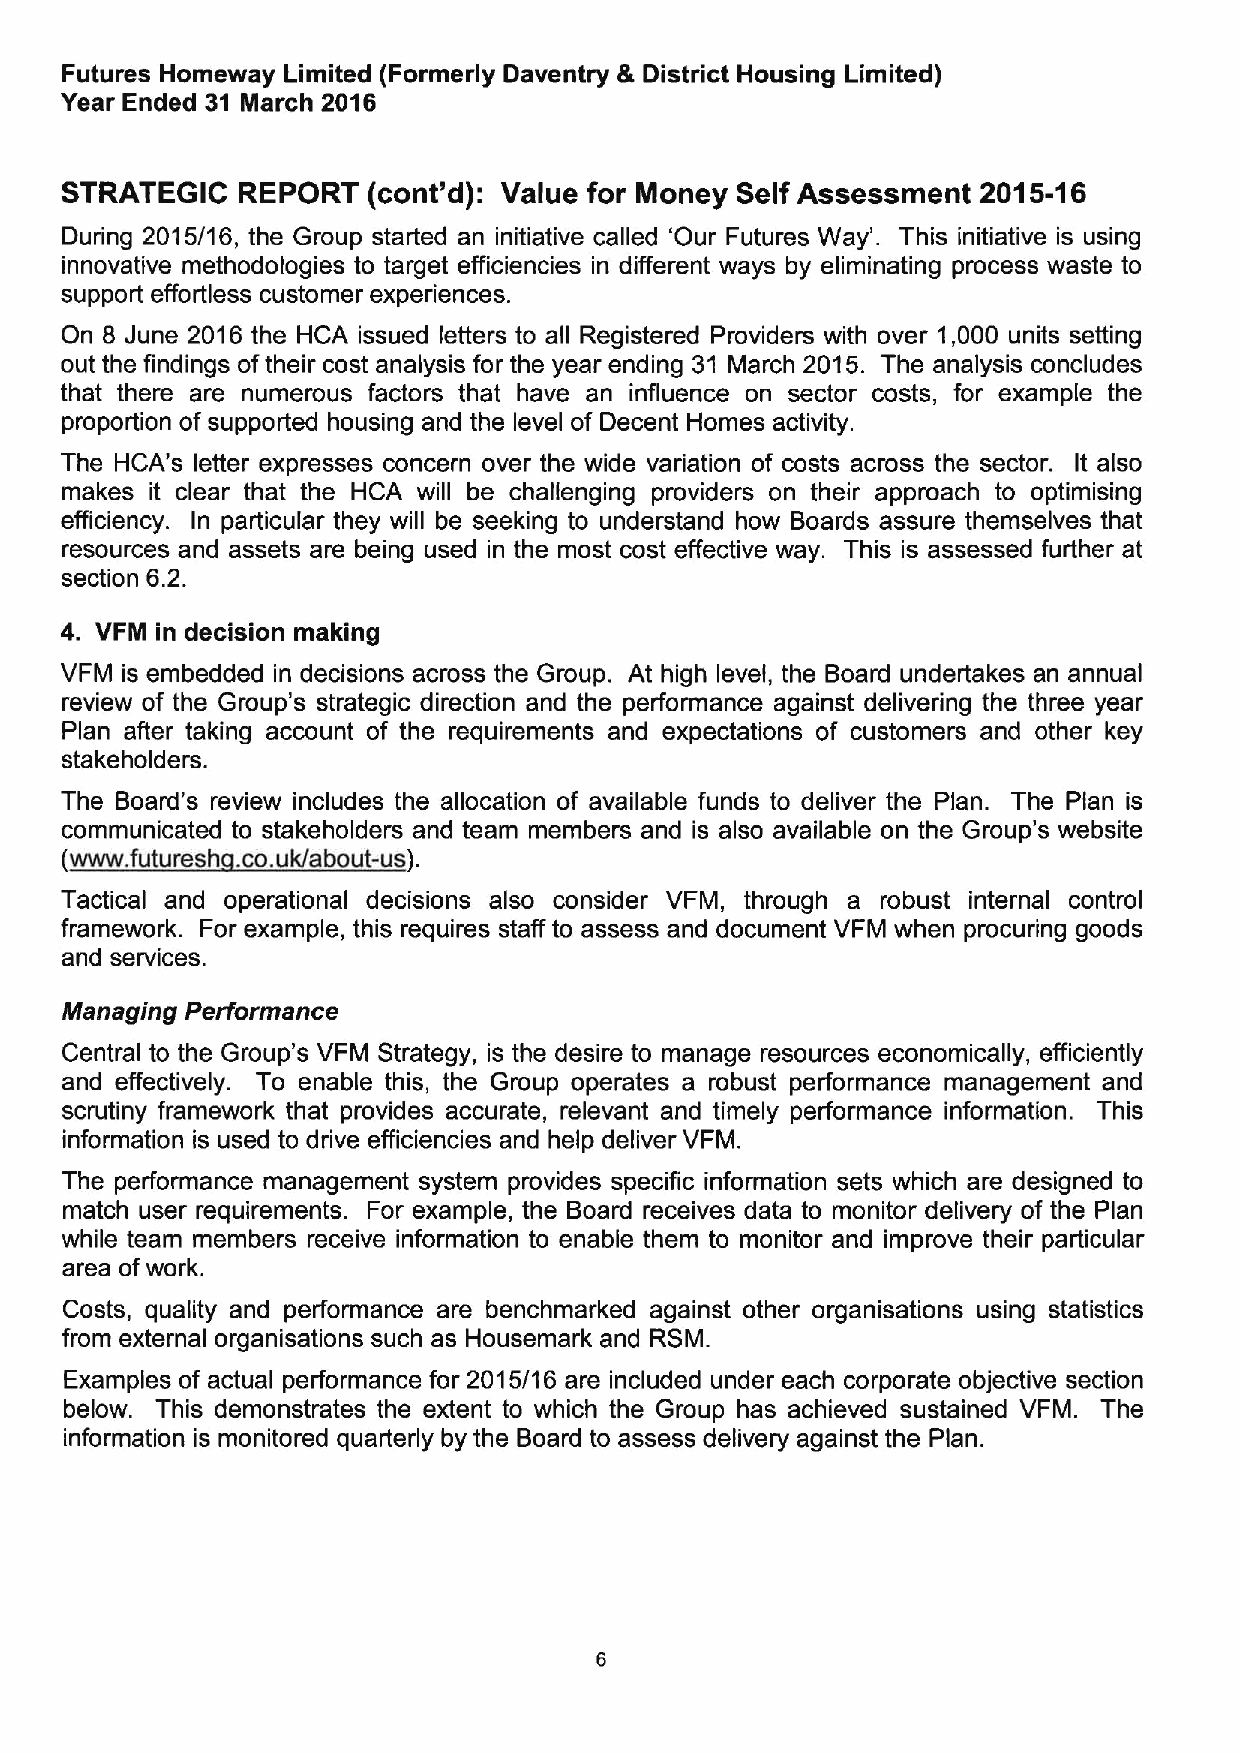
Futures Homeway Limited (Formerly Daventry &District Housing Limited)
 Year Ended 31 March 2016
 STRATEGIC   REPORT  (cont'd): Value for Money Self Assessment 2015-16
 During 2015/16, the Group started an initiative called 'Our Futures Way'. This initiative is using
 innovative methodologies to target efficiencies in different ways by eliminating process waste to
 support effortless customer experiences.
 On 8 June 2016 the HCA issued letters to all Registered Providers with over 1,000 units setting
 out the findings oftheir cost analysis for the year ending 31 March 2015. The analysis concludes
 that there are numerous factors that have an influence on sector costs, for example the
 proportion of supported housing and the level of Decent Homes activity.
 The HCA's letter expresses concern over the wide variation of costs across the sector. It also
 makes it clear that the HCA will be challenging providers on their approach to optimising
 efficiency. In particular they will be seeking to understand how Boards assure themselves that
 resources and assets are being used in the most cost effective way. This is assessed further at
 section 6.2.
 4. VFM in decision making
 VFM is embedded in decisions across the Group. At high level, the Board undertakes an annual
 review of the Group's strategic direction and the performance against delivering the three year
 Plan after taking account of the requirements and expectations of customers and other key
 stakeholders.
 The Board's review includes the allocation of available funds to deliver the Plan. The Plan is
 communicated to stakeholders and team members and is also available on the Group's website
 (www, futuresh, co.uk/about-us .
 Tactical and operational decisions also consider VFM, through a robust internal control
 framework. For example, this requires staff to assess and document VFM when procuring goods
 and services.
 Managing Performance
 Central to the Group's VFM Strategy, is the desire to manage resources economically, efficiently
 and effectively. To enable this, the Group operates a robust performance management and
 scrutiny framework that provides accurate, relevant and timely performance information. This
 information is used to drive efficiencies and help deliver VFM.
 The performance management system provides specific information sets which are designed to
 match user requirements. For example, the Board receives data to monitor delivery of the Plan
 while team members receive information to enable them to monitor and improve their particular
 area ofwork.
 Costs, quality and performance are benchmarked against other organisations using statistics
 from external organisations such as Housemark and RSM.
 Examples of actual performance for 2015/16 are included under each corporate objective section
 below. This demonstrates the extent to which the Group has achieved sustained VFM. The
 information is monitored quarterly by the Board to assess delivery against the Plan.